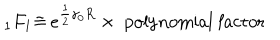
_ 1 F _ { 1 } \tilde { = } \, e ^ { \frac 1 2 \gamma _ { 0 } R } \times \mathrm { ~ p o l y n o m i a l ~ f a c t o r }